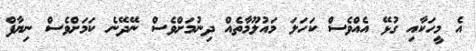
އެ މީހަކާއި ގުޅޭ އެއްވެސް ކަހަލަ މައުލޫމާތެއް ދިނުމަށްވެސް ނޭދޭނެ ކަމަށްވެސް ނިޔާފް